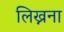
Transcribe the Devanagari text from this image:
लिख्नना